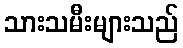
သားသမီးများသည်